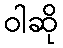
ဝါဆို